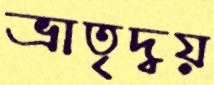
ভ্রাতৃদ্বয়